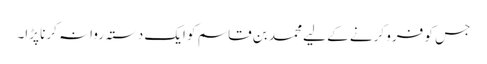
جس کو فرو کرنے کے لیے محمد بن قاسم کو ایک دستہ روانہ کرنا پڑا۔